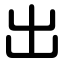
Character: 出